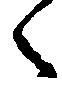
々